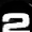
Digit: 2